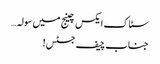
سٹاک ایکس چینج میں سولہ…
جناب چیف جسٹس!